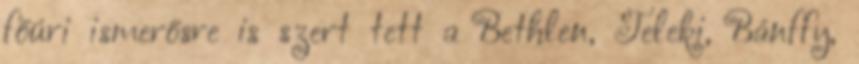
főúri ismerősre is szert tett a Bethlen, Teleki, Bánffy,